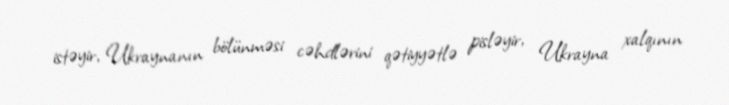
istəyir, Ukraynanın bölünməsi cəhdlərini qətiyyətlə pisləyir, Ukrayna xalqının